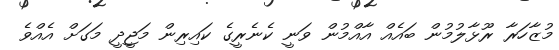
މުޒާހަރާ ރޫޅާލުމުން ބައެއް އާއްމުން ވަނީ ކެނެރީގެ ކައިރިން މަޖީދީ މަގަށް އެއްވެ